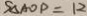
S _ { \Delta A O P } = 1 2